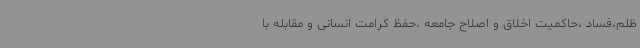
ظلم،فساد ،حاکمیت اخلاق و اصلاح جامعه ،حفظ کرامت انسانی و مقابله با